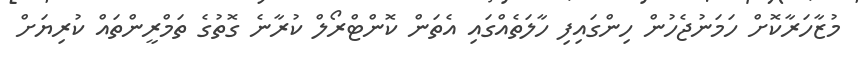
މުޒާހަރާކޮށް ހަމަނުޖެހުން ހިންގައިފި ހާލަތެއްގައި އެތަން ކޮންޓްރޯލް ކުރާނެ ގޮތުގެ ތަމްރީންތައް ކުރިޔަށް